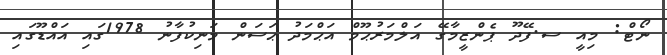
ނޯޓް: މިއީ ސ.ފޭދޫ ޕެންޒީމާގޭ އަލްމަރުޙޫމް އަޙްމަދު ޙަސަން މަނިކުފާނު 1978ގައި އައްޑޫގައި